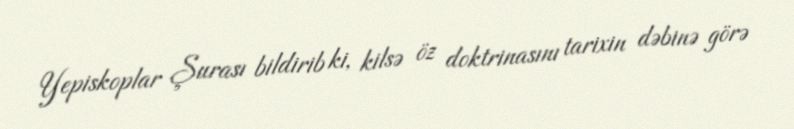
Yepiskoplar Şurası bildirib ki, kilsə öz doktrinasını tarixin dəbinə görə